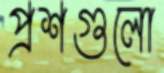
প্রশগুলো